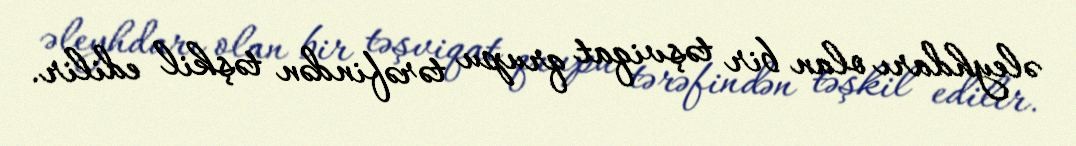
əleyhdarı olan bir təşviqat qrupu tərəfindən təşkil edilir.